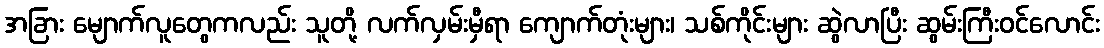
အခြား မျောက်လူတွေကလည်း သူတို့ လက်လှမ်းမှီရာ ကျောက်တုံးများ၊ သစ်ကိုင်းများ ဆွဲလာပြီး ဆွမ်းကြီးဝင်လောင်း